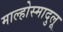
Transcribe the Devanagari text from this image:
माल्होस्मादुलू